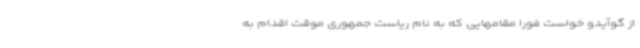
از گوآیدو خواست فورا مقامهایی که به نام ریاست جمهوری موقت اقدام به